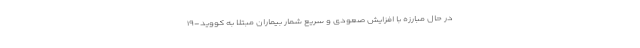
در حال مبارزه با افزایش صعودی و سریع شمار بیماران مبتلا به کووید-۱۹